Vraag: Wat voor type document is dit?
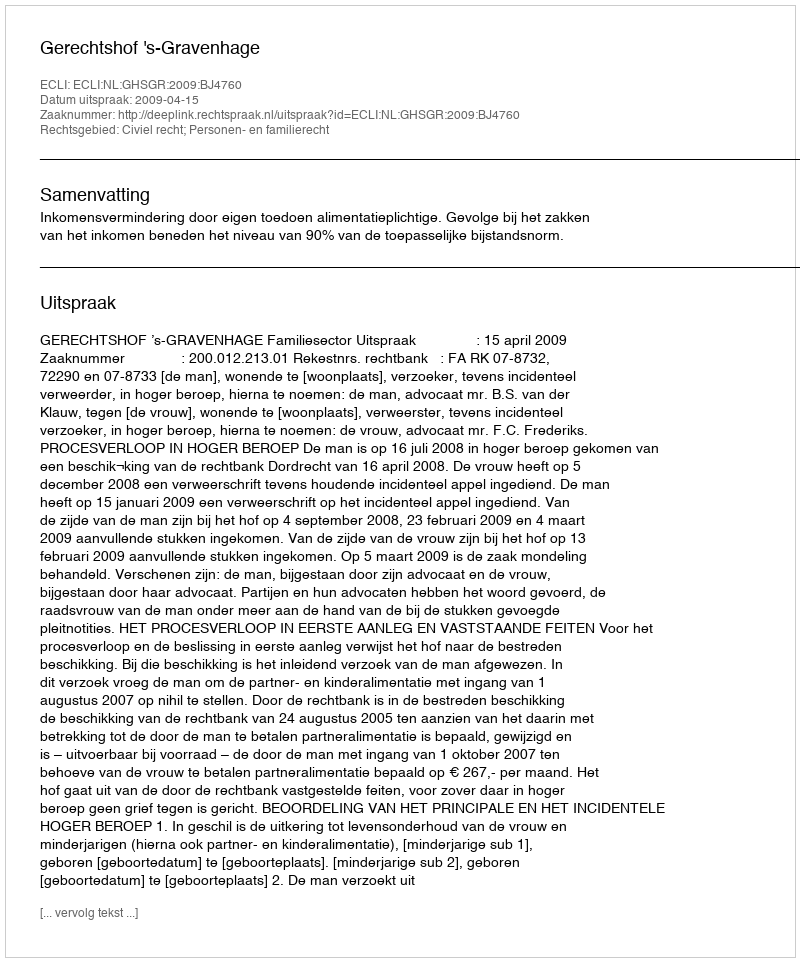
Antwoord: Uitspraak